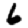
Digit: 6